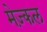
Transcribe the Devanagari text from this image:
मेज़्कल